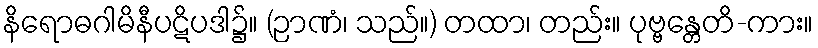
နိရောဓဂါမိနီပဋိပဒါ၌။ (ဉာဏံ၊ သည်။) တထာ၊ တည်း။ ပုဗ္ဗန္တေတိ-ကား။